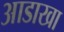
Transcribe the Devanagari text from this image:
आडाखा